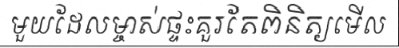
មួយដែលម្ចាស់ផ្ទះគួរតែពិនិត្យមើល